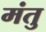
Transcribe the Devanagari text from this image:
मंतु